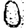
Digit: 0